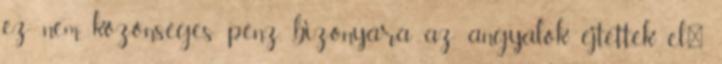
ez nem közönséges pénz, bizonyára az angyalok ejtették el."